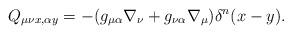
LaTeX: \begin{align*}Q_{\mu\nu x, \alpha y}=-(g_{\mu\alpha}\nabla_{\nu}+g_{\nu\alpha}\nabla_{\mu})\delta^{n}(x-y).\end{align*}